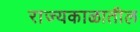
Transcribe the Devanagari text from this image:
राज्यकाळातील